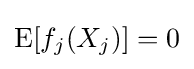
\mathrm {E} [f_{j}(X_{j})]=0